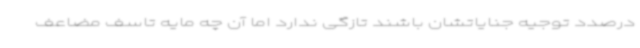
درصدد توجیه جنایاتشان باشند تازگی ندارد اما آن چه مایه تاسف مضاعف